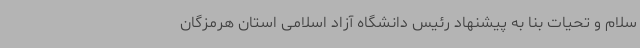
سلام و تحیات بنا به پیشنهاد رئیس دانشگاه آزاد اسلامی استان هرمزگان